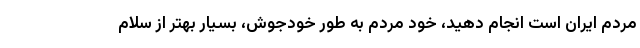
مردم ایران است انجام دهید، خود مردم به طور خودجوش، بسیار بهتر از سلام